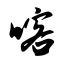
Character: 喀